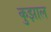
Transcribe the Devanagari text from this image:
कुझाल